Vaccination report Assam 1874-1896 - 1874-1896
Year: 1874
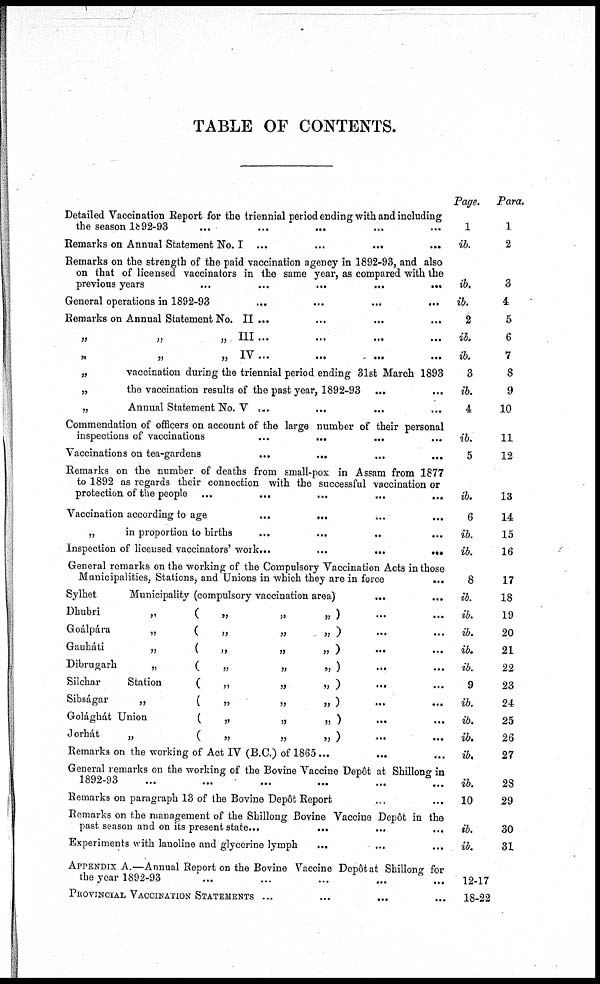
TABLE OF CONTENTS.
Detailed Vaccination Report for the triennial period ending with and including
the season
1892-93
...
...
... ......
Remarks on Annual Statement No. I ...
...
...
...
Remarks on the strength of the paid vaccination agency in 1892-93, and also
on that of licensed vaccinators in the same year, as compared with the
previous years
...
...
...
...
...
General operations in 1892-93
...
...
...
...
Remarks on Annual Statement No. II ... ... ... ...
„
„
„ III...
...
... ...
„
„
„
IV ...
...
...
...
„
vaccination during the triennial period ending 31st March 1893
„
the vaccination results of the past year, 1892-93 ... ...
„
Annual Statement No. V ...
...
... ...
Commendation of officers on account of the large number of their personal
inspections of vaccinations
...
...
... ...
Vaccinations on tea-gardens
...
...
...
...
Remarks on the number of deaths from small-pox in Assam from 1877
to 1892 as regards their connection with the successful vaccination or
protection of the people ...
...
...
...
...
Vaccination according to age
...
...
...
...
„
in proportion to births
...
...
... ...
Inspection of licensed vaccinators' work...
...
...
...
General remarks on the working of the Compulsory Vaccination Acts in those
Municipalities, Stations, and Unions in which they are in force ...
Sylhet
Municipality (compulsory vaccination area)
... ...
Dhubri
„
(
„
„
„ ) ... ...
Goálpára
„
(
„
„
„ )
...
...
Gauháti
„
(
„
„
„ )
...
...
Dibrugarh
„
(
„
„
„ )... ...
Silchar
Station
(
„
„
„ )
... ...
Sibságar
„
(
„
„
„ ) ... ...
Golághát Union
(
„
„
„ ) ... ...
Jorhát
„
(
„
„
„ ) ... ...
Remarks on the working of Act IV (B.C.) of 1865... ... ...
General remarks on the working of the Bovine Vaccine Depôt at Shillong in
1892-93
...
...
...
...
...
...
Remarks on paragraph 13 of the Bovine Depôt Report
...
...
Remarks on the management of the Shillong Bovine Vaccine Depôt in the
past season and on its present state...
...
...
...
Experiments with lanoline and glycerine lymph ... ... ...
APPENDIX A.—Annual Report on the Bovine Vaccine Depôt at Shillong for
the year 1892-93 ... ... ... ... ...
PROVINCIAL VACCINATION STATEMENTS ... ... ... ...
Page.
1
ib.
ib.
ib.
2
ib.
ib.
3
ib.
4
ib.
5
ib.
6
ib.
ib.
8
ib.
ib.
ib.
ib.
ib.
9
ib.
ib.
ib.
ib.
ib.
10
ib.
ib.
12-17
18-22
Para.
1
2
3
4
5
6
7
8
9
10
11
12
13
14
15
16
17
18
19
20
21
22
23
24
25
26
27
28
29
30
31